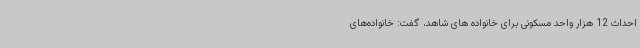
احداث 12 هزار واحد مسکونی برای خانواده های شاهد، گفت: خانواده‌های